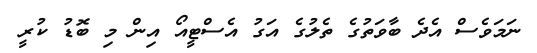
ނަމަވެސް އެދެ ބާވަތުގެ ތެލުގެ އަގު އެސްޓީއޯ އިން މި ބޮޑު ކުރީ